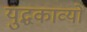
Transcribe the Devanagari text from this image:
युद्धकाव्यों